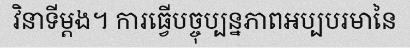
វិនាទីម្តង។ ការធ្វើបច្ចុប្បន្នភាពអប្បបរមានៃ